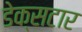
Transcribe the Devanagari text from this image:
डेक्सटार